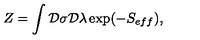
Z = \int { \cal D } \sigma { \cal D } \lambda \exp ( - S _ { e f f } ) ,